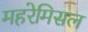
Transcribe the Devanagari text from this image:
महरेमिसल